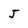
Character: J